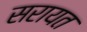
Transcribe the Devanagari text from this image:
सरायत